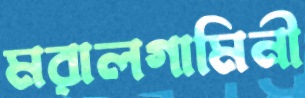
মরালগামিনী